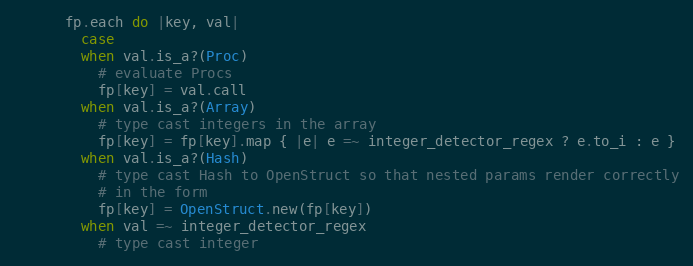
Language: Ruby
      fp.each do |key, val|
        case
        when val.is_a?(Proc)
          # evaluate Procs
          fp[key] = val.call
        when val.is_a?(Array)
          # type cast integers in the array
          fp[key] = fp[key].map { |e| e =~ integer_detector_regex ? e.to_i : e }
        when val.is_a?(Hash)
          # type cast Hash to OpenStruct so that nested params render correctly
          # in the form
          fp[key] = OpenStruct.new(fp[key])
        when val =~ integer_detector_regex
          # type cast integer